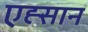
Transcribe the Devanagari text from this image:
एह्सान